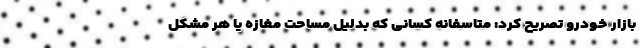
بازار خودرو تصریح کرد: متاسفانه کسانی که بدلیل مساحت مغازه یا هر مشکل